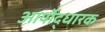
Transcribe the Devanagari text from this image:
आर्योद्धारक